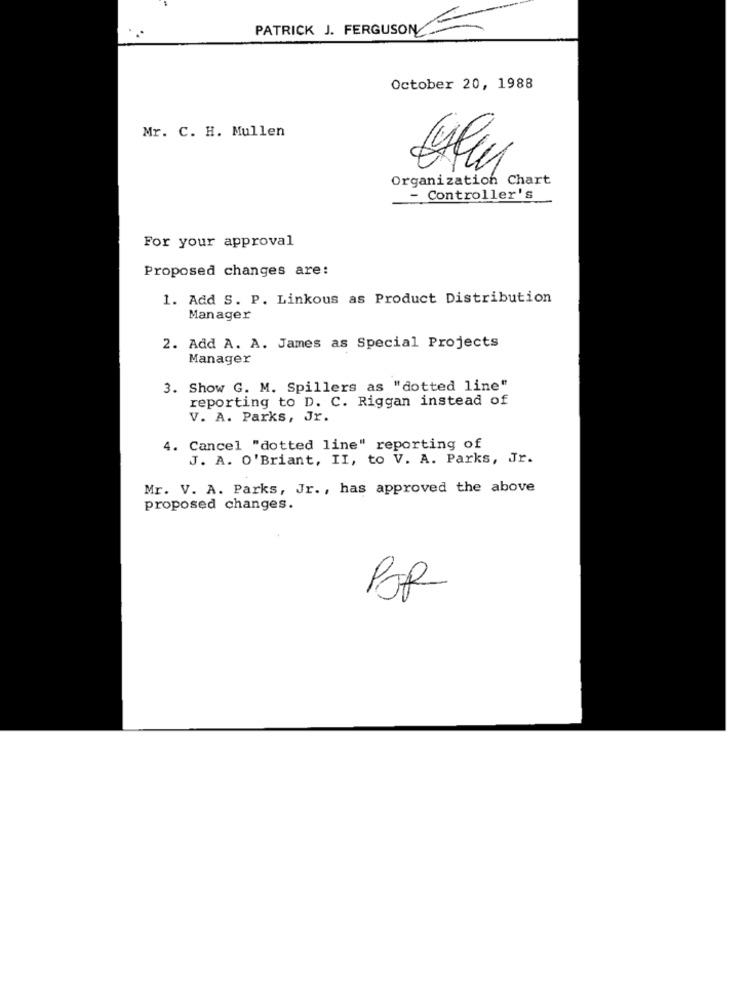
PATRICK J. FERGUSON =
October 20, 1988
Mr. C. H. Mullen
Organization Chart
- Controller's
For your approval
Proposed changes are:
1. Add S. P. Linkous as Product Distribution
Manager
2. Add A. A. James as Special Projects
Manager
3. Show G. M. Spillers as "dotted line"
reporting to D. C. Riggan instead of
V. A. Parks, Jr.
4. Cancel "dotted line" reporting of
J. A. O' Briant, II, to V. A. Parks, Jr.
Mr. V. A. Parks, Jr ., has approved the above
proposed changes.
POR